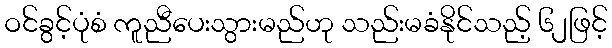
ဝင်ခွင့်ပုံစံ ကူညီပေးသွားမည်ဟု သည်းမခံနိုင်သည့် ၆၂ဖြင့်